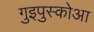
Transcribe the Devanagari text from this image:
गुइपुस्कोआ